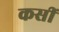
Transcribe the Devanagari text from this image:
कसीं